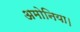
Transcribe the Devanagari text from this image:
अमोनिया।